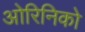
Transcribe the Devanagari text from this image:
ओरिनिको